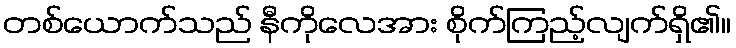
တစ်ယောက်သည် နီကိုလေအား စိုက်ကြည့်လျက်ရှိ၏။